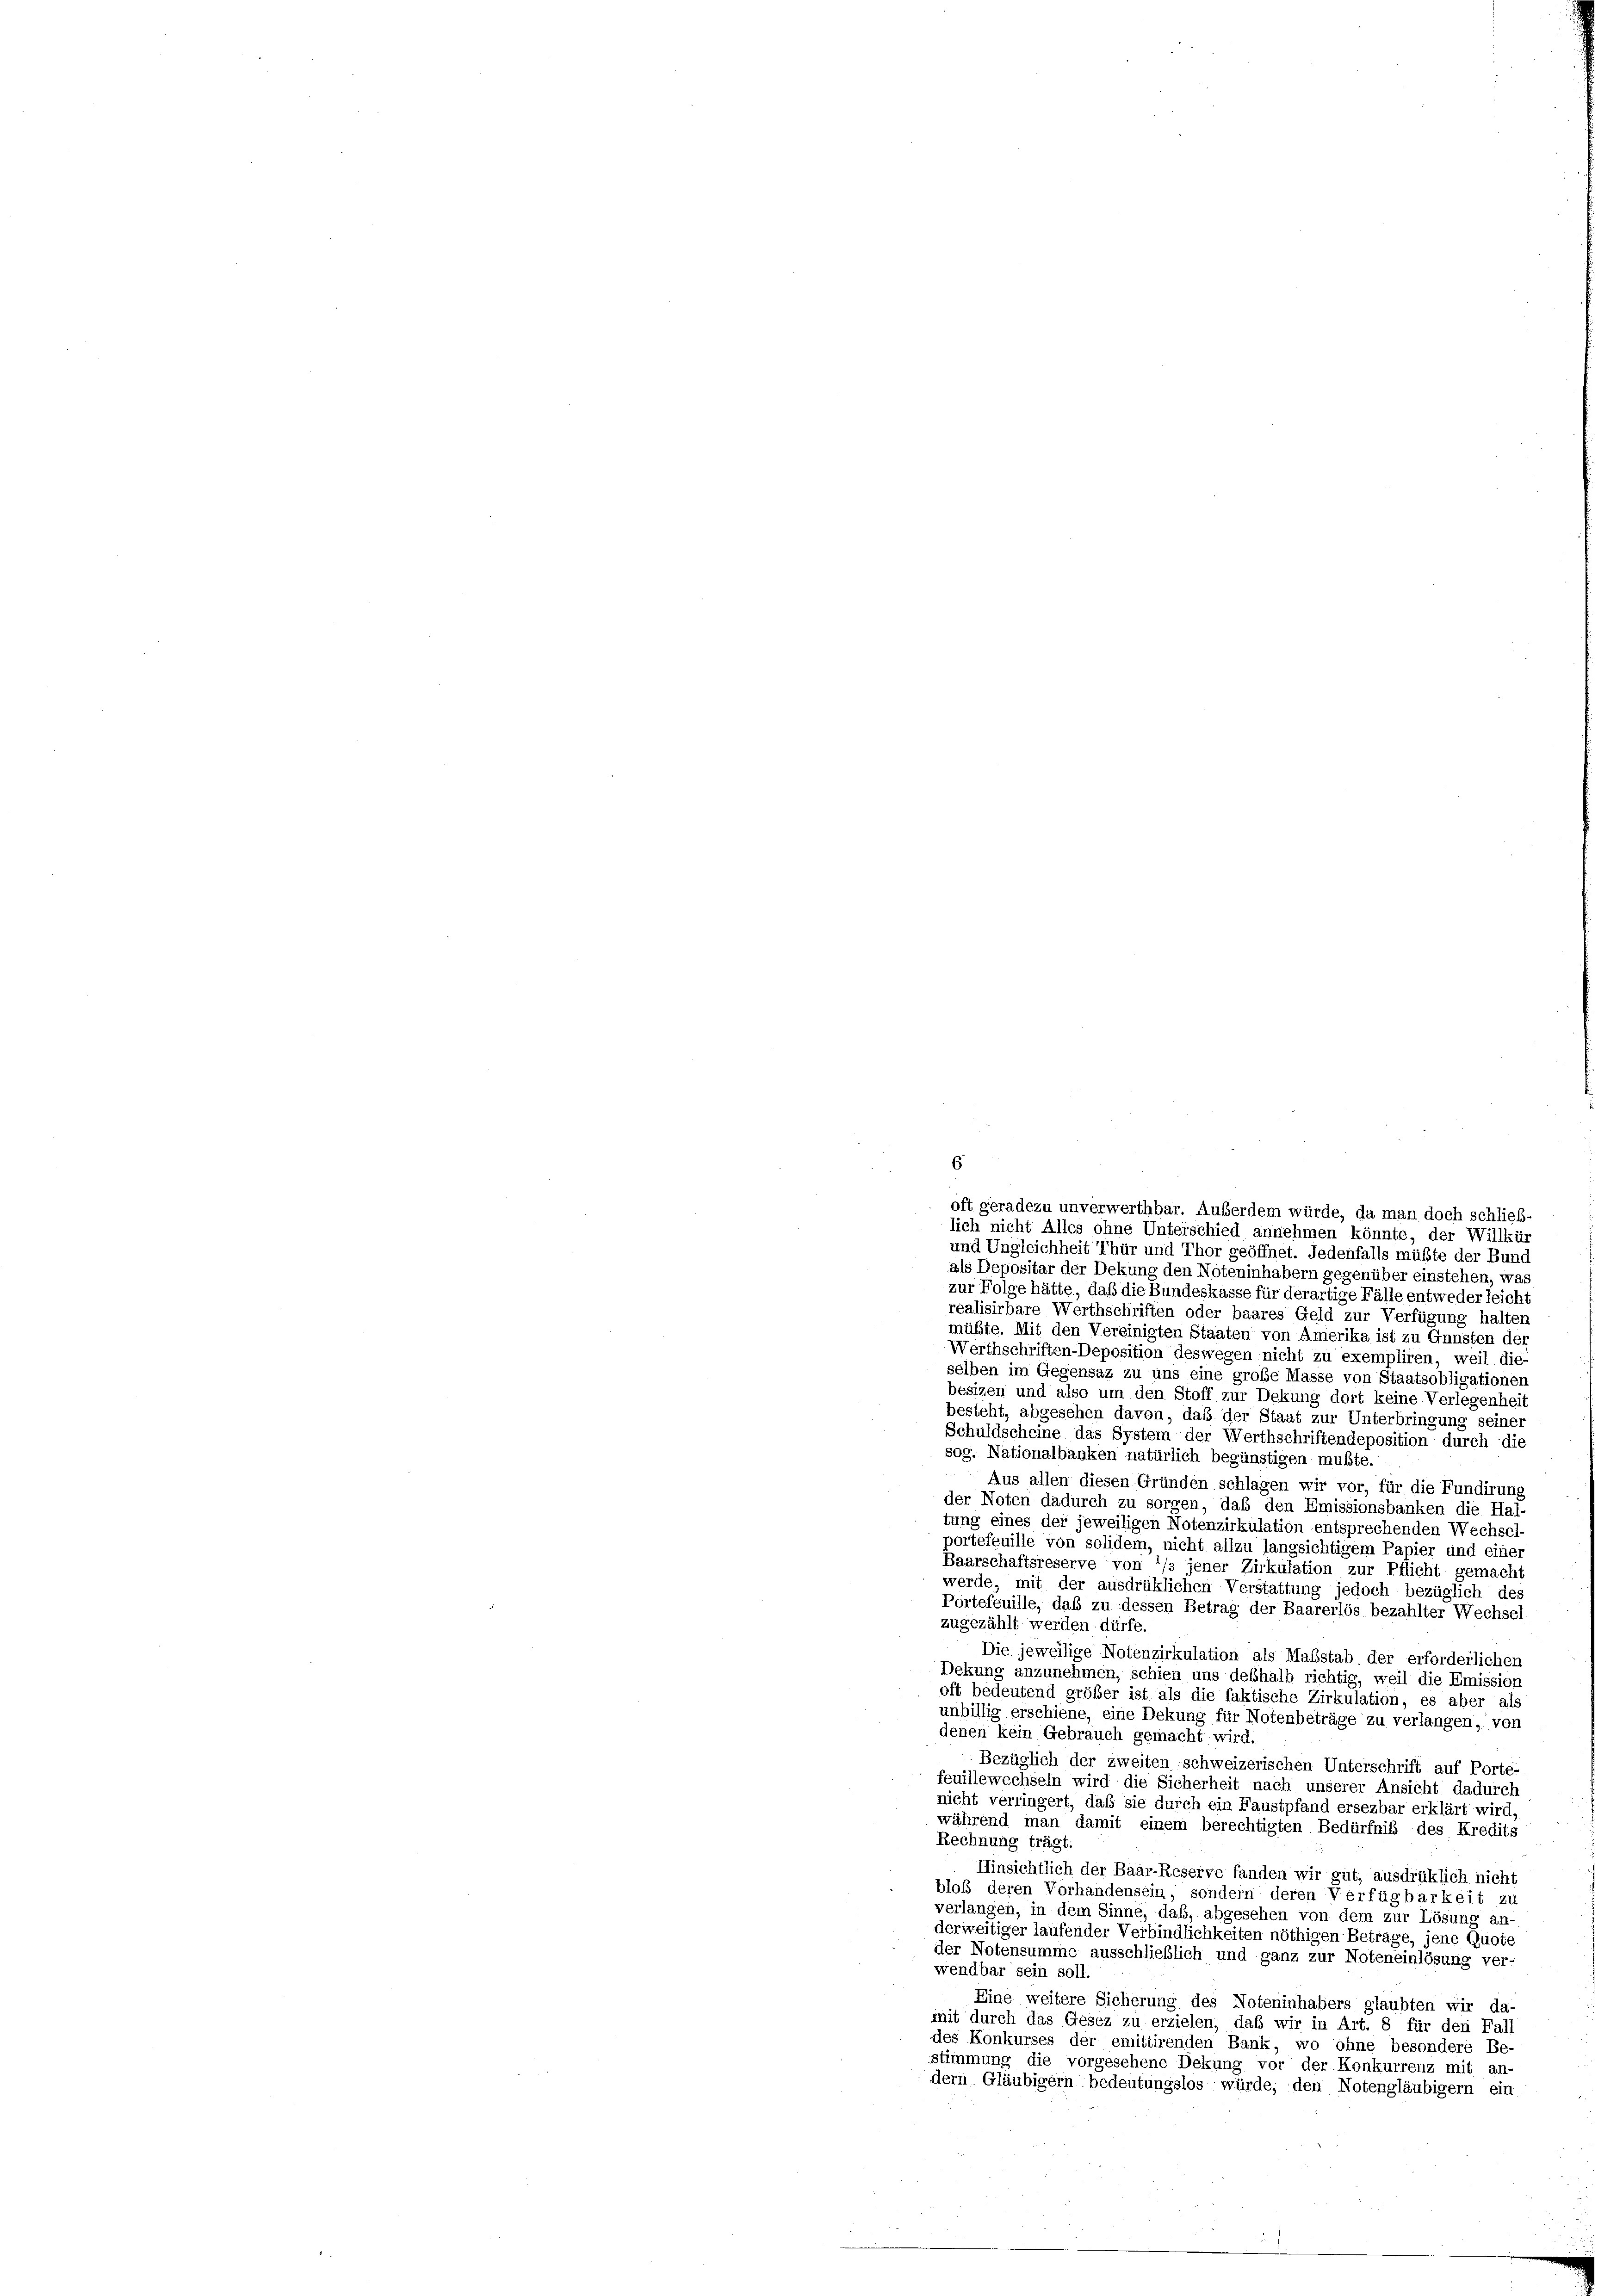
6

oft geradezu unverwerthbar. Außerdem würde, da man doch schließ-
lich nicht Alles ohne Unterschied annehmen könnte, der Willkür
und Ungleichheit Thür und Thor geöffnet. Jedenfalls müßte der Bund
als Depositar der Dekung den Noteninhabern gegenüber einstehen, was
zur Folge hätte, daß die Bundeskasse für derartige Fälle entweder leicht
realisirbare Werthschriften oder baares Geld zur Verfügung halten
müßte. Mit den Vereinigten Staaten von Amerika ist zu Gunsten der
Werthschriften-Deposition deswegen nicht zu exempliren, weil die
selben im Gegensaz zu uns eine große Masse von Staatsobligationen
besizen und also um den Stoff zur Dekung dort keine Verlegenheit
besteht, abgesehen davon, daß der Staat zur Unterbringung seiner
Schuldscheine das System der Werthschriftendeposition durch die
sog. Nationalbanken natürlich begünstigen mußte.
Aus allen diesen Gründen schlagen wir vor, für die Fundirung
der Noten dadurch zu sorgen, daß den Emissionsbanken die Hal-
tung eines der jeweiligen Notenzirkulation entsprechenden Wechsel-
portefeuille von solidem, nicht allzu langsichtigem Papier und einer
Baarschaftsreserve von 1/3 jener Zirkulation zur Pflicht gemacht
werde, mit der ausdrüklichen Verstattung jedoch bezüglich des
Portefeuille, daß zu dessen Betrag der Baarerlös bezahlter Wechsel
zugezählt werden dürfe.
Die jeweilige Notenzirkulation als Maßstab der erforderlichen
Dekung anzunehmen, schien uns deshalb richtig, weil die Emission
oft bedeutend größer ist als die faktische Zirkulation, es aber als
unbillig erschiene, eine Dekung für Notenbeträge zu verlangen, von
denen kein Gebrauch gemacht wird.
Bezüglich der zweiten schweizerischen Unterschrift auf Porte-
feuillewechseln wird die Sicherheit nach unserer Ansicht dadurch
nicht verringert, daß sie durch ein Faustpfand ersezbar erklärt wird,
während man damit einem berechtigten Bedürfniß des Kredits
Rechnung trägt:
Hinsichtlich der Baar-Reserve fanden wir gut, ausdrüklich nicht
bloß deren Vorhandensein, sondern deren Verfügbarkeit zu
verlangen, in dem Sinne, daß, abgesehen von dem zur Lösung an-
derweitiger laufender Verbindlichkeiten nöthigen Betrage, jene Quote
der Notensumme ausschließlich und ganz zur Noteneinlösung ver-
wendbar sein soll.
Eine weitere Sicherung des Noteninhabers glaubten wir da-
mit durch das Gesez zu erzielen, daß wir in Art. 8 für den Fall
des Konkurses der emittirenden Bank, wo ohne besondere Be-
stimmung die vorgesehene Dekung vor der Konkurrenz mit an-
dern Gläubigern bedeutungslos würde, den Notengläubigern ein